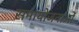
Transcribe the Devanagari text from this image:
समायोजनाओं